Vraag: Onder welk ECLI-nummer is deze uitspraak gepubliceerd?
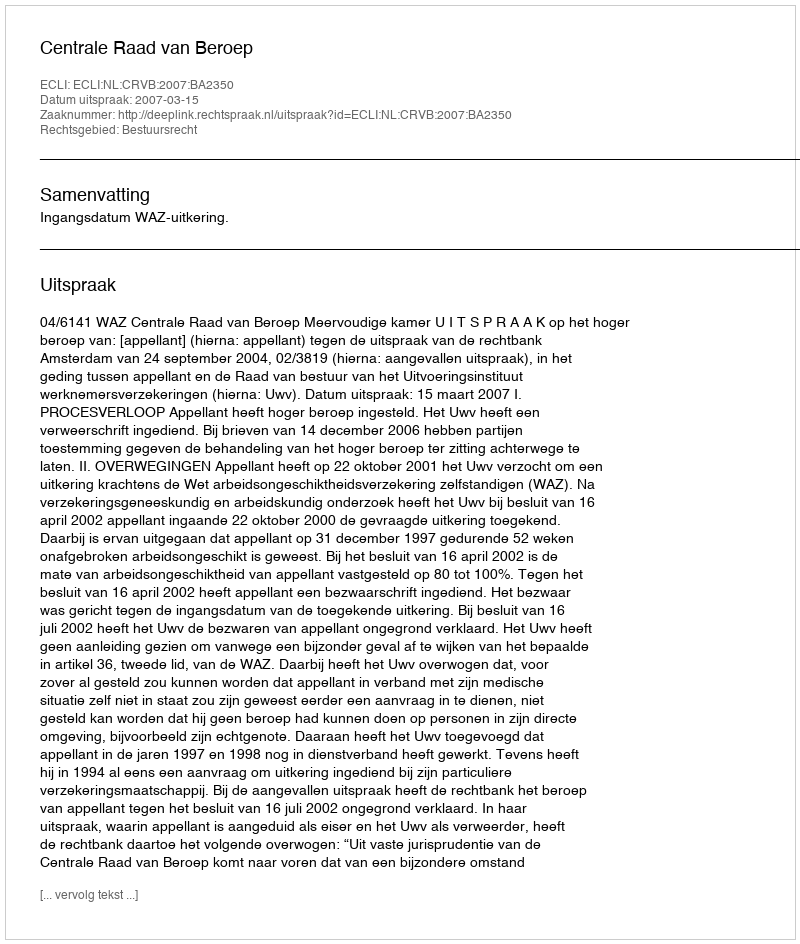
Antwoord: ECLI:NL:CRVB:2007:BA2350